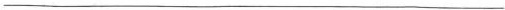
___